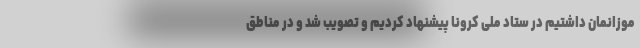
موزانمان داشتیم در ستاد ملی کرونا پیشنهاد کردیم و تصویب شد و در مناطق